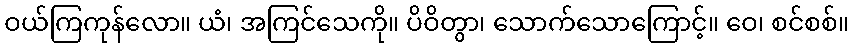
ဝယ်ကြကုန်လော။ ယံ၊ အကြင်သေကို။ ပိဝိတွာ၊ သောက်သောကြောင့်။ ဝေ၊ စင်စစ်။